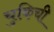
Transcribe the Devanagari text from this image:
चुकिची